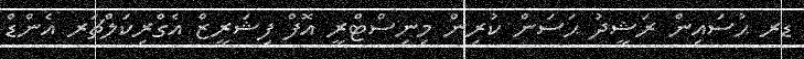
ޑރ ޙުސައިން ރަޝީދު ޙަސަން ކުރިން މިނިސްޓްރީ އޮފް ފިޝަރީޒް އެގްރިކަލްޗަރ އެންޑް